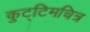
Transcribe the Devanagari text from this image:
कुट्टिमचित्र